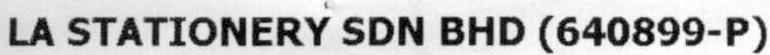
LA STATIONERY SDN BHD (640899-P)